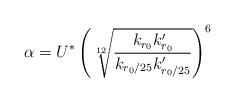
LaTeX: \begin{align*}\alpha=U^{*}\left(\sqrt[12]{\frac{k_{r_0}k'_{r_0}}{k_{r_0/25}k'_{r_0/25}}}\right)^6\end{align*}